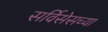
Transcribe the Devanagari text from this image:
सर्विसेसच्या